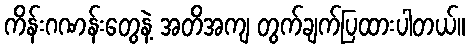
ကိန်းဂဏန်းတွေနဲ့ အတိအကျ တွက်ချက်ပြထားပါတယ်။